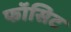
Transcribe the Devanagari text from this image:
फॉसिट